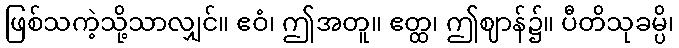
ဖြစ်သကဲ့သို့သာလျှင်။ ဧဝံ၊ ဤအတူ။ ဧတ္ထ၊ ဤဈာန်၌။ ပီတိသုခမ္ပိ၊